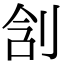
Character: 㓧